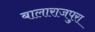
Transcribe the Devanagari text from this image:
बालाराजपुरा